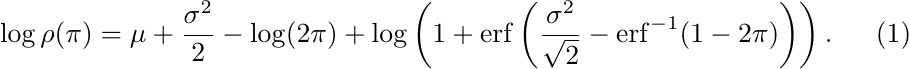
\begin{equation}\label{eq:aag.log_rho.lognormal}
 \log \rho(\pi) = \mu + \frac{\sigma^2}{2} - \log(2 \pi) + \log \left( 1 + \mathrm{erf} \left( \frac{\sigma^2}{\sqrt 2} - \mathrm{erf}^{-1}(1 - 2\pi) \right) \right).
\end{equation}